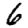
Digit: 6